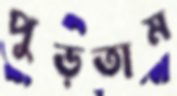
পুড়তাম